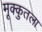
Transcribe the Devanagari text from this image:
मूक्कुतला